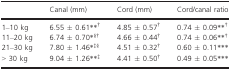
|  | Canal (mm) | Cord (mm) | Cord/canal ratio |
 | --- | --- | --- | --- |
 | 1–10 kg | 6.55 ± 0.61**† | 4.85 ± 0.57† | 0.74 ± 0.09**† |
 | 11–20 kg | 6.74 ± 0.70*§† | 4.66 ± 0.44† | 0.74 ± 0.06**† |
 | 21–30 kg | 7.80 ± 1.46*‡§ | 4.51 ± 0.32† | 0.60 ± 0.11*** |
 | > 30 kg | 9.04 ± 1.26**‡ | 4.41 ± 0.50† | 0.49 ± 0.05*** |